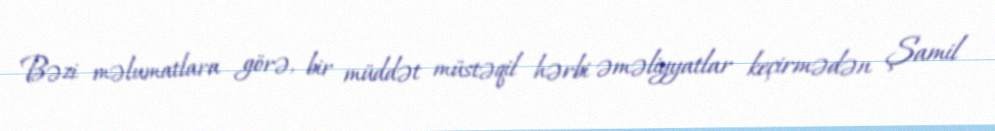
Bəzi məlumatlara görə, bir müddət müstəqil hərbi əməliyyatlar keçirmədən Şamil